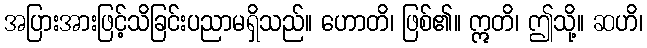
အပြားအားဖြင့်သိခြင်းပညာမရှိသည်။ ဟောတိ၊ ဖြစ်၏။ ဣတိ၊ ဤသို့။ ဆဟိ၊